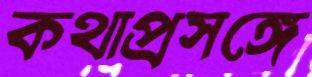
কথাপ্রসঙ্গে